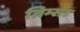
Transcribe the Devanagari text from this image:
तिम्सा